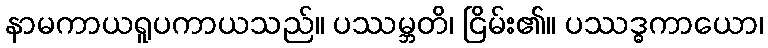
နာမကာယရူပကာယသည်။ ပဿမ္ဘတိ၊ ငြိမ်း၏။ ပဿဒ္ဓကာယော၊